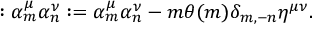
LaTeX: : \alpha _ { m } ^ { \mu } \alpha _ { n } ^ { \nu } : = \alpha _ { m } ^ { \mu } \alpha _ { n } ^ { \nu } - m \theta ( m ) \delta _ { m , - n } \eta ^ { \mu \nu } { . }